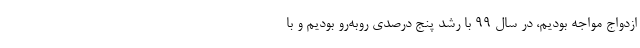
ازدواج مواجه بودیم، در سال ۹۹ با رشد پنج درصدی روبه‌رو بودیم و با